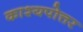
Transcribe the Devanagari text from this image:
काश्यपोत्तर